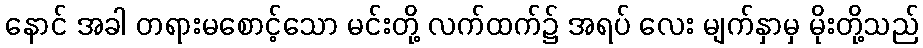
နောင် အခါ တရားမစောင့်သော မင်းတို့ လက်ထက်၌ အရပ် လေး မျက်နှာမှ မိုးတို့သည်